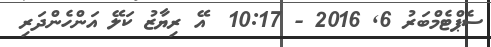
ސެޕްޓެމްބަރު 6